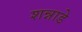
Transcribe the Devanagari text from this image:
शन्नाडे